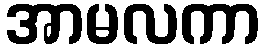
အာမလကာ